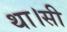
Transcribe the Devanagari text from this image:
था।सी